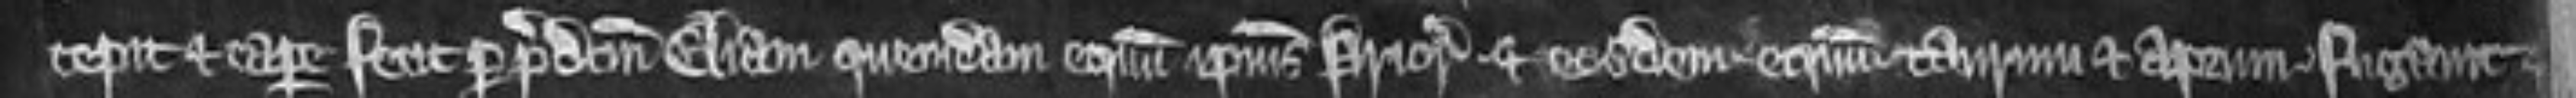
cepit et capere fecit per predictum Eliam quemdam equum ipsius Prioris. et eosdem equum taurum et aprum fugavit et